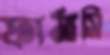
ফার্মাসি